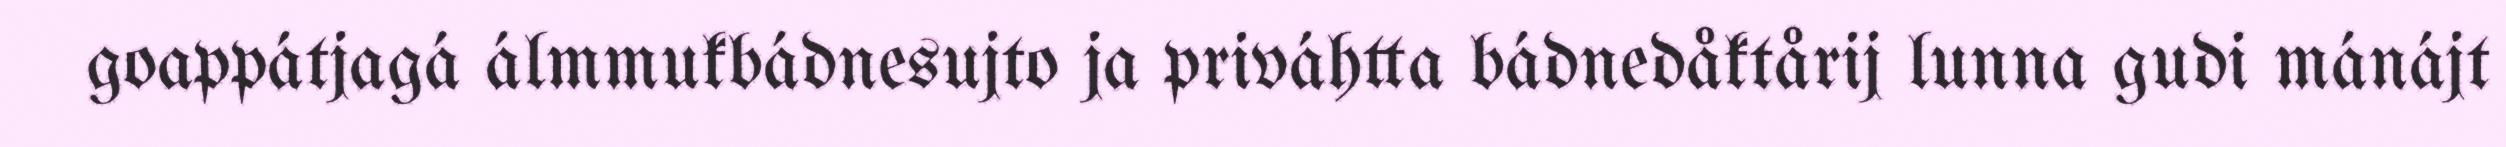
goappátjagá álmmukbádnesujto ja priváhtta bádnedåktårij lunna gudi mánájt